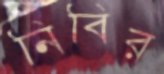
নিবির